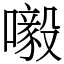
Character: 𡃀